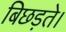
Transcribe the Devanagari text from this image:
बिछड़ते।